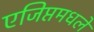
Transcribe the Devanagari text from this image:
एजिप्तमधले